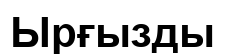
Ырғызды